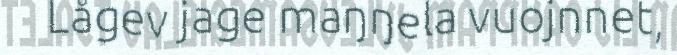
Lågev jage maŋŋela vuojnnet,